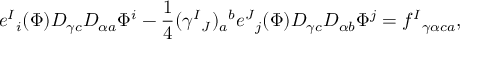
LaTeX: e ^ { I } { } _ { i } ( \Phi ) D _ { \gamma c } D _ { \alpha a } \Phi ^ { i } - { \frac { 1 } { 4 } } ( \gamma ^ { I } { } _ { J } ) _ { a } { } ^ { b } e ^ { J } { } _ { j } ( \Phi ) D _ { \gamma c } D _ { \alpha b } \Phi ^ { j } = f ^ { I } { } _ { \gamma \alpha c a } ,